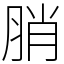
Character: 䏴